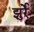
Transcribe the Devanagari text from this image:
झुर्रें